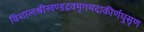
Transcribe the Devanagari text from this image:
विशालश्रीखण्डद्रवमृगमदाकीर्णघुसृण